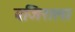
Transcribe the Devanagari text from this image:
वजिराला